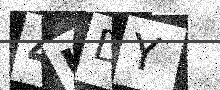
Text: 4UDY